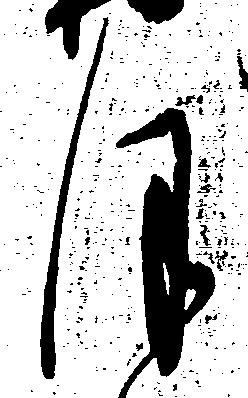
ほ